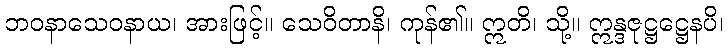
ဘဝနာသေဝနာယ၊ အားဖြင့်။ သေဝိတာနိ၊ ကုန်၏။ ဣတိ၊ သို့။ ဣန္ဒဇုဋ္ဌဋ္ဌေနပိ၊